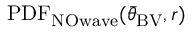
\mathrm { P D F _ { N O w a v e } } ( { \bar { \theta } } _ { \mathrm { B V } } , r )